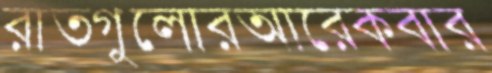
রাতগুলোরআরেকবার